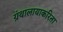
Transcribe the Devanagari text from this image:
ग्रंथालायाकरिता